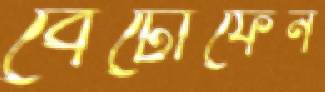
বেটোফেন